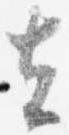
去